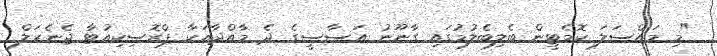
"މި މައްސަލަ ކޮމެޓީން ބެލިބެލުމުގައި ގާނޫނު އަސާސީގެ ދެ މާއްދާއަކާ ޕްރޮސިކިއުޓާ ޖެނެރަލް